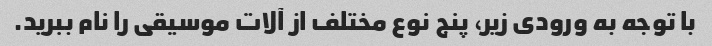
با توجه به ورودی زیر، پنج نوع مختلف از آلات موسیقی را نام ببرید.